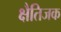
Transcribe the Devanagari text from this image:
क्षैतिजक